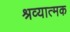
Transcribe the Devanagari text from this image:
श्रव्यात्मक